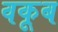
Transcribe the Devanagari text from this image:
वकूब